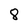
Character: 8